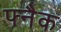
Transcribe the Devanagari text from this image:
फ्नैक